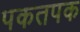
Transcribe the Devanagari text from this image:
पकतपक